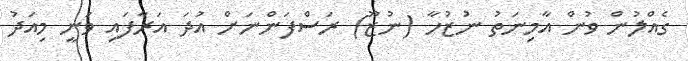
ގެއްލުން ވުން އާމިނަތު ނުޒުހާ (ނުޒޫ) ރަސްފަންނަށް އުދަ އަރާފައި ވަނީ މިއަދު